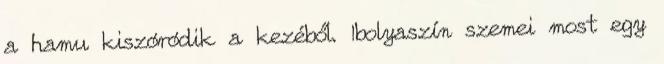
a hamu kiszóródik a kezéből. Ibolyaszín szemei most egy